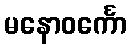
မနောဝင်္ကော